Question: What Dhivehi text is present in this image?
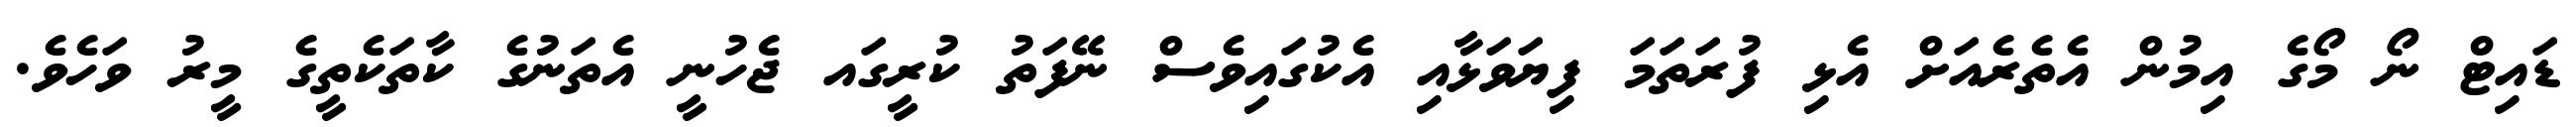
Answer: ޑައިޓް ނޯ މޯގެ އިމުން އެތެރެއަށް އެޅި ފުރަތަމަ ފިޔަވަޅާއި އެކުގައިވެސް ނޭފަތު ކުރީގައ ޖެހުނީ އެތަނުގެ ކާތަކެތީގެ މީރު ވަހެވެ.